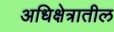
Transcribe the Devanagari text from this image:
अधिक्षेत्रातील